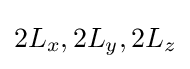
2L_{x},2L_{y},2L_{z}